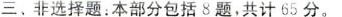
三.非选择题：本部分包括8题，共计65分。